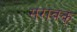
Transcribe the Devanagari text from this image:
सरावक्